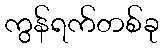
ကွန်ရက်တစ်ခု